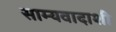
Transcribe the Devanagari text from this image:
साम्यवादाशी